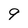
Character: 9